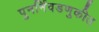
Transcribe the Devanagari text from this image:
पुनर्निवडणुकीत